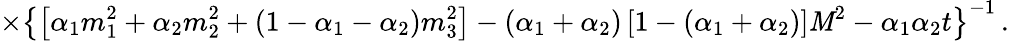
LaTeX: \times\left\{ \left[\alpha_{1}m_{1}^{2}+\alpha_{2}m_{2}^{2}+(1-\alpha_{1}-\alpha_{2})m_{3}^{2}\right]-(\alpha_{1}+\alpha_{2})\left[1-(\alpha_{1}+\alpha_{2})\right]\mathit{M}^{2}-\alpha_{1}\alpha_{2}t\right\} ^{-1}\, .